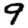
Digit: 9